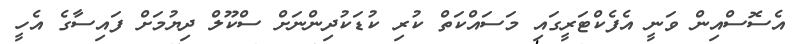
އެސޮސްއިން ވަނީ އެފެކްޓަރީގައި މަސައްކަތް ކުރި ކުޑަކުދިންނަށް ސްކޫލް ދިޔުމަށް ފައިސާގެ އެހީ